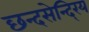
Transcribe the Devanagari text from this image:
छन्दसेन्दि्रय